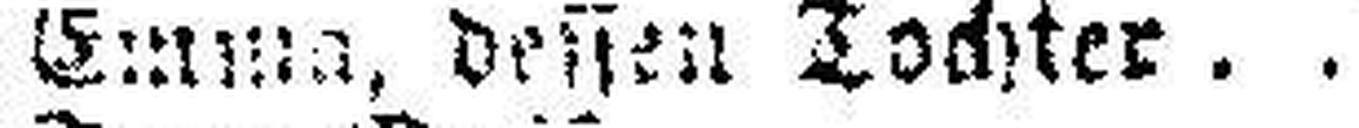
Emma, dessen Tochter